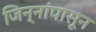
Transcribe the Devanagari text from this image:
जिन्नांपासून